画像に写った文字を読んでください
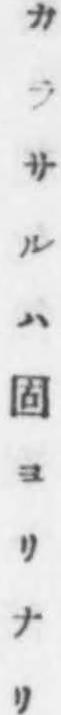
「カラサルハ固ヨリナリ」と書いてあります